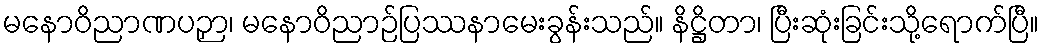
မနောဝိညာဏပဉှာ၊ မနောဝိညာဉ်ပြဿနာမေးခွန်းသည်။ နိဋ္ဌိတာ၊ ပြီးဆုံးခြင်းသို့ရောက်ပြီ။